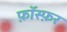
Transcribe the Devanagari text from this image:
फ़ॉस्फ़र